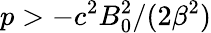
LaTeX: p>-c^{2}B_{0}^{2}/(2\beta^{2})